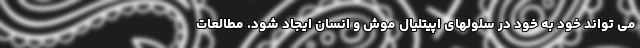
می تواند خود به خود در سلولهای اپیتلیال موش و انسان ایجاد شود. مطالعات